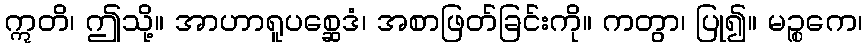
ဣတိ၊ ဤသို့။ အာဟာရူပစ္ဆေဒံ၊ အစာဖြတ်ခြင်းကို။ ကတွာ၊ ပြု၍။ မဉ္စကေ၊